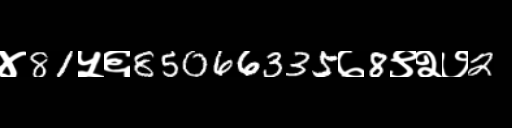
Text: ४81५६85066335७8९२७2